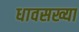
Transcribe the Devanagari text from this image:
धावसख्या